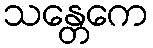
သန္တေကေ